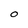
Character: O